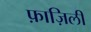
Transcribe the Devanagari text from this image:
फ़ाज़िली